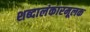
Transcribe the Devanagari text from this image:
शब्दालंकारमूलक